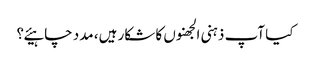
کیا آپ ذہنی الجھنوں کا شکار ہیں، مدد چاہیئے؟